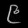
Digit: ၉